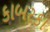
કાબરકા